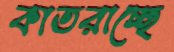
কাতরাচ্ছে